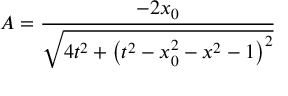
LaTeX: A = \frac { - 2 x _ { 0 } } { \sqrt { 4 t ^ { 2 } + \left( t ^ { 2 } - x _ { 0 } ^ { 2 } - x ^ { 2 } - 1 \right) ^ { 2 } } }